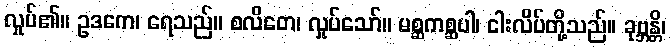
လှုပ်၏။ ဥဒကေ၊ ရေသည်။ စလိတေ၊ လှုပ်သော်။ မစ္ဆကစ္ဆပါ၊ ငါးလိပ်တို့သည်။ ခုဗ္ဘန္တိ၊